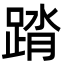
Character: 䠌